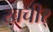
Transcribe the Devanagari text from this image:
खचीर्